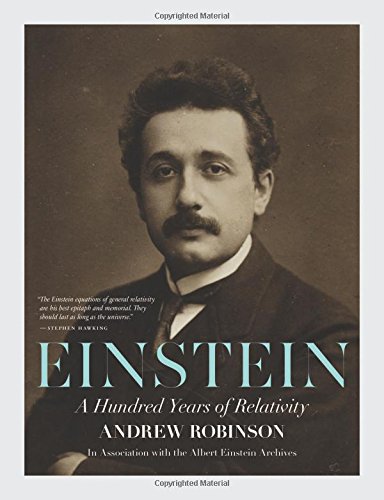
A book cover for Einstein: A Hundred Years of Relativity; Andrew Robinson; Science & Math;